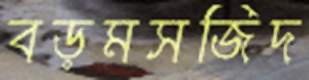
বড়মসজিদ